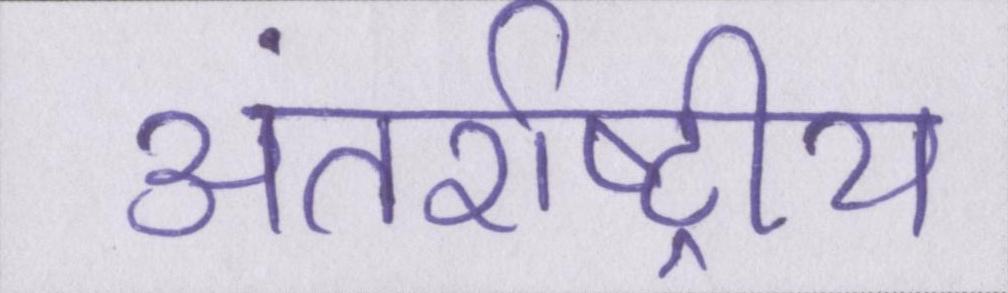
अंतर्राष्ट्रीय